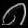
Digit: ၈